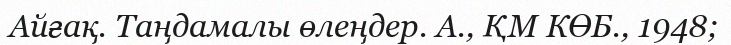
Айғақ. Таңдамалы өлеңдер. А., ҚМ КӨБ., 1948;